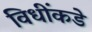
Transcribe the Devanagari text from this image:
विधींकडे